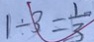
1 \div 3 = \frac { 1 } { 3 }